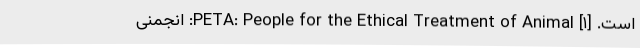
است. [۱] PETA: People for the Ethical Treatment of Animal: انجمنی